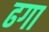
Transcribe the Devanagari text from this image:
ढगा